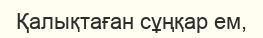
Қалықтаған сұңқар ем,